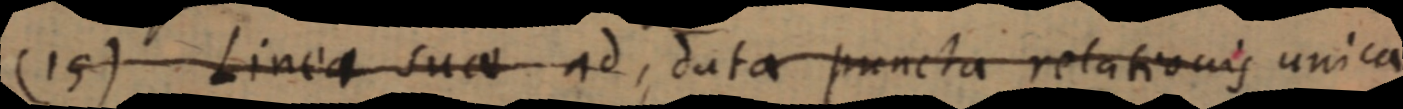
(15) Linea suae ad, data puncta relationis unica